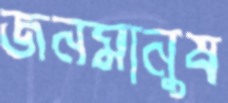
জনমানুষ